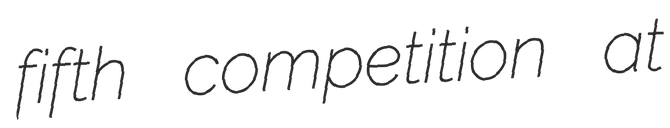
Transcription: fifth competition at